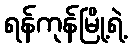
ရန်ကုန်မြို့ရဲ့